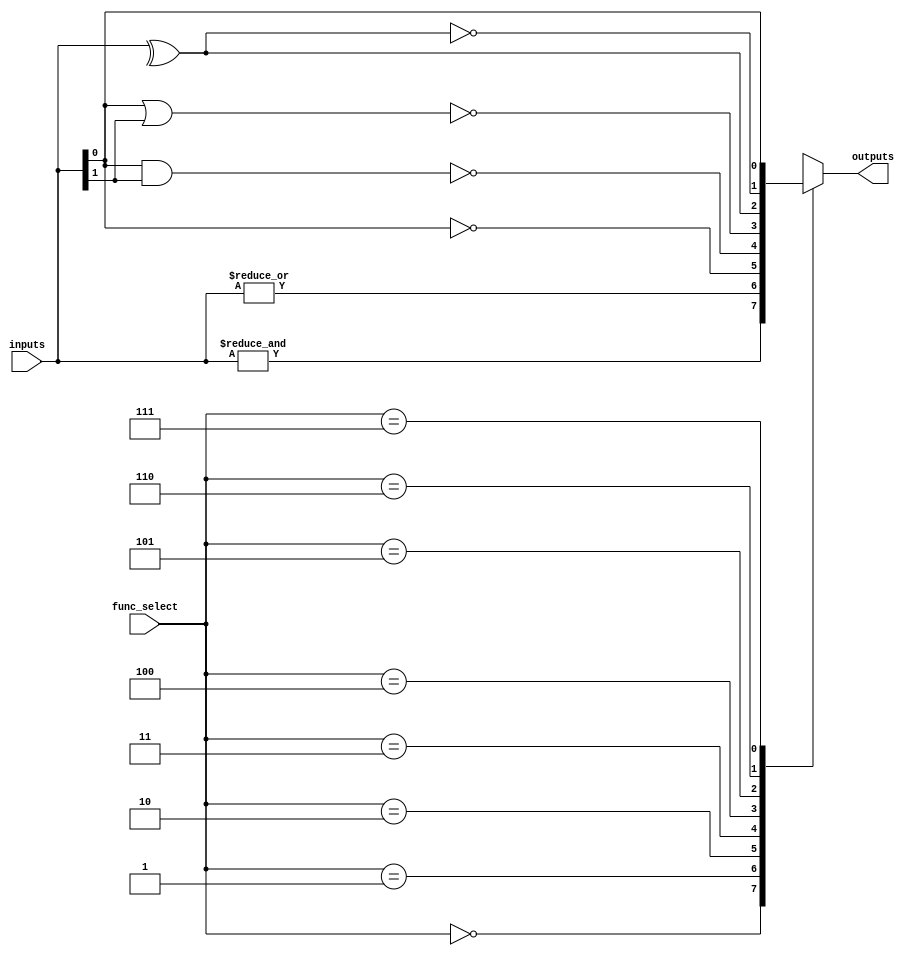
module combinational_logic_block #(
    parameter N = 4, // Number of input lines
    parameter M = 1   // Number of output lines
)(
    input  wire [N-1:0]  inputs,       // Input lines
    input  wire [2:0]    func_select,   // Function select (3 bits can cover 8 functions)
    output reg  [M-1:0]  outputs        // Output lines
);

    // Function select encoding
    localparam AND_FUNC  = 3'b000;
    localparam OR_FUNC   = 3'b001;
    localparam NOT_FUNC  = 3'b010;
    localparam NAND_FUNC = 3'b011;
    localparam NOR_FUNC  = 3'b100;
    localparam XOR_FUNC  = 3'b101;
    localparam XNOR_FUNC = 3'b110;
    localparam BUF_FUNC  = 3'b111; // Buffer function (pass-through)

    always @(*) begin
        case (func_select)
            AND_FUNC:  outputs = &inputs;             // AND operation
            OR_FUNC:   outputs = |inputs;             // OR operation
            NOT_FUNC:  outputs = ~inputs[0];          // NOT operation (only for the first input)
            NAND_FUNC: outputs = ~(inputs[0] & inputs[1]); // 2-input NAND for the first two inputs
            NOR_FUNC:  outputs = ~(inputs[0] | inputs[1]);  // 2-input NOR for the first two inputs
            XOR_FUNC:  outputs = ^inputs;             // XOR operation
            XNOR_FUNC: outputs = ~(^inputs);          // XNOR operation
            BUF_FUNC:  outputs = inputs[0];           // Buffer (pass-through for the first input)
            default:   outputs = {M{1'b0}};           // Default case (outputs are low)
        endcase
    end

endmodule